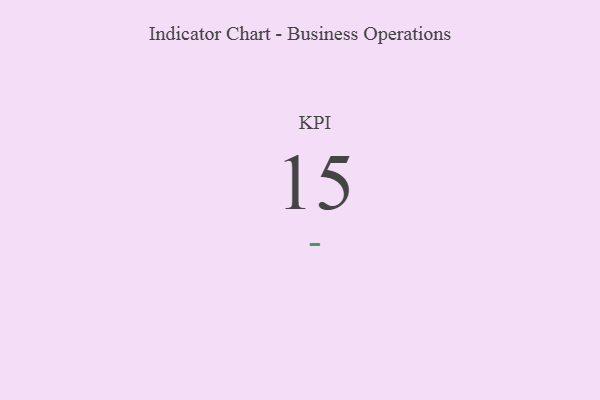
{"axis": {"x": "KPI", "y": "Value"}, "legend": [""], "data": [{"x": "KPI", "y": 15, "type": ""}]}